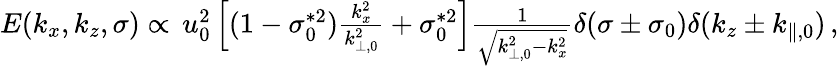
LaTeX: \begin{array}{r}{E(k_{x},k_{z},\sigma)\propto\, u_{0}^{2}\left[(1-\sigma_{0}^{*2})\frac{k_{x}^{2}}{k_{\perp,0}^{2}}+\sigma_{0}^{*2}\right]\frac{1}{\sqrt{k_{\perp,0}^{2}-k_{x}^{2}}}\delta(\sigma\pm\sigma_{0})\delta(k_{z}\pm k_{\parallel,0})\, ,}\end{array}